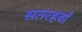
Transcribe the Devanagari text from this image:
सतरहवाँ